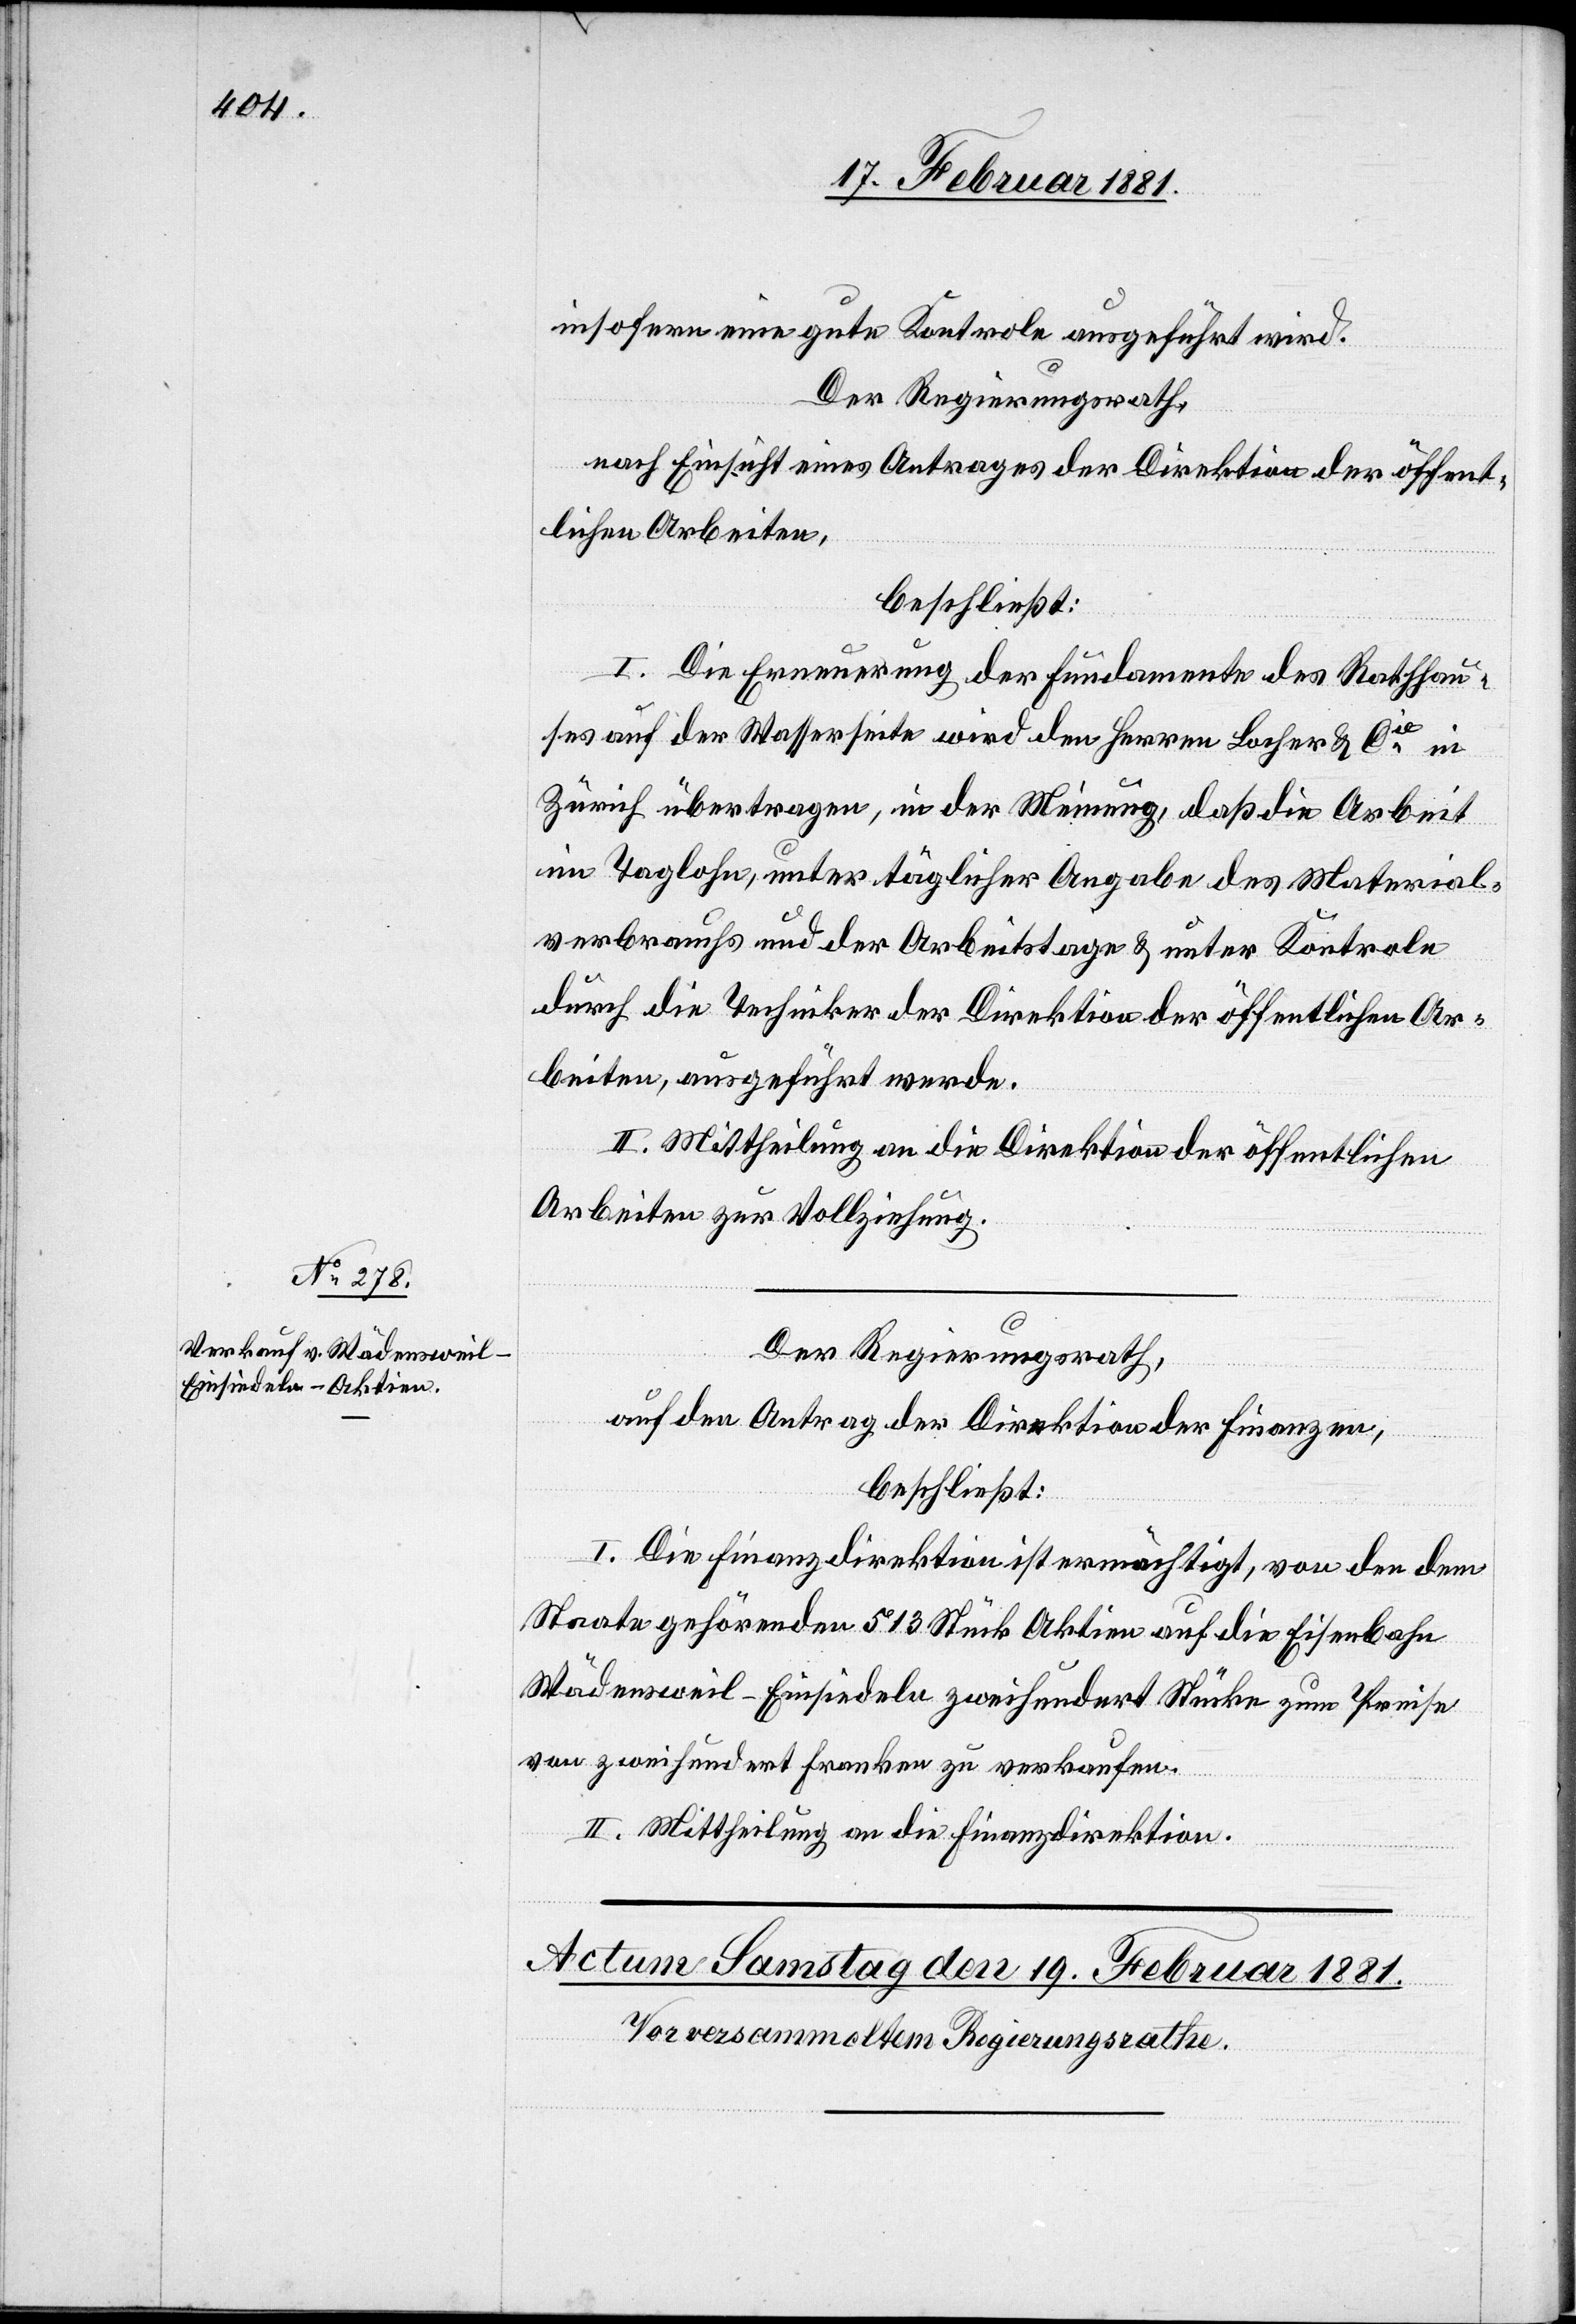
insofern eine gute Kontrole ausgeführt wird.
Der Regierungsrath,
nach Einsicht eines Antrages der Direktion der öffent¬
lichen Arbeiten,
beschließt:
I. Die Erneuerung der Fundamente des Rathhau¬
ses auf der Wasserseite wird den Herren Locher & Cie in
Zürich übertragen, in der Meinung, daß die Arbeit
im Taglohn, unter täglicher Angabe des Material¬
verbrauchs und der Arbeitstage & unter Kontrole
durch die Techniker der Direktion der öffentlichen Ar¬
beiten, ausgeführt werde.
II. Mittheilung an die Direktion der öffentlichen
Der Regierungsrath,
auf den Antrag der Direktion der Finanzen,
beschließt:
I. Die Finanzdirektion ist ermächtigt, von den dem
Staate gehörenden 513 Stück Aktien auf die Eisenbahn
Wädensweil–Einsiedeln zweihundert Stücke zum Preise
von zweihundert Franken zu verkaufen.
II. Mittheilung an die Finanzdirektion.